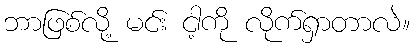
ဘာဖြစ်လို့ မင်း ငါ့ကို လိုက်ရှာတာလဲ။